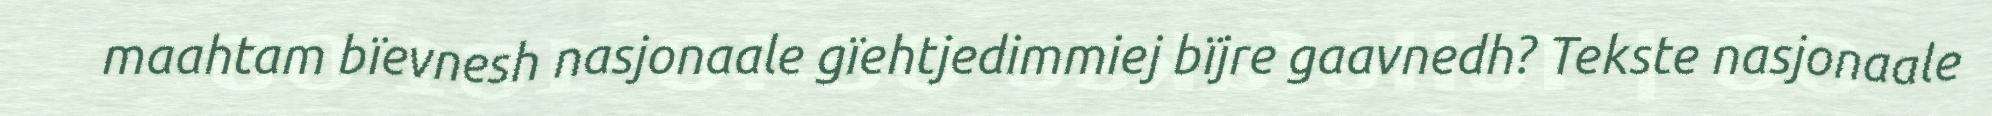
maahtam bïevnesh nasjonaale gïehtjedimmiej bïjre gaavnedh? Tekste nasjonaale